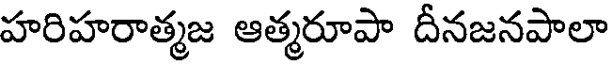
హరిహరాత్మజ ఆత్మరూపా దీనజనపాలా